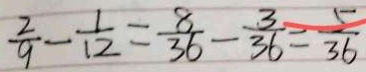
\frac { 2 } { 9 } - \frac { 1 } { 1 2 } = \frac { 8 } { 3 6 } - \frac { 3 } { 3 6 } = \frac { 5 } { 3 6 }